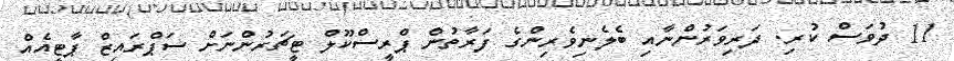
11 ދުވަސް ކުރި. ދަރިވަރުންނާއި ބެލެނިވެރިންގެ ފަރާތުން ޕްރީސްކޫލް ޓީޗަރުންނަށް ސަޕްރައިޒް ޕާޓީއެއް